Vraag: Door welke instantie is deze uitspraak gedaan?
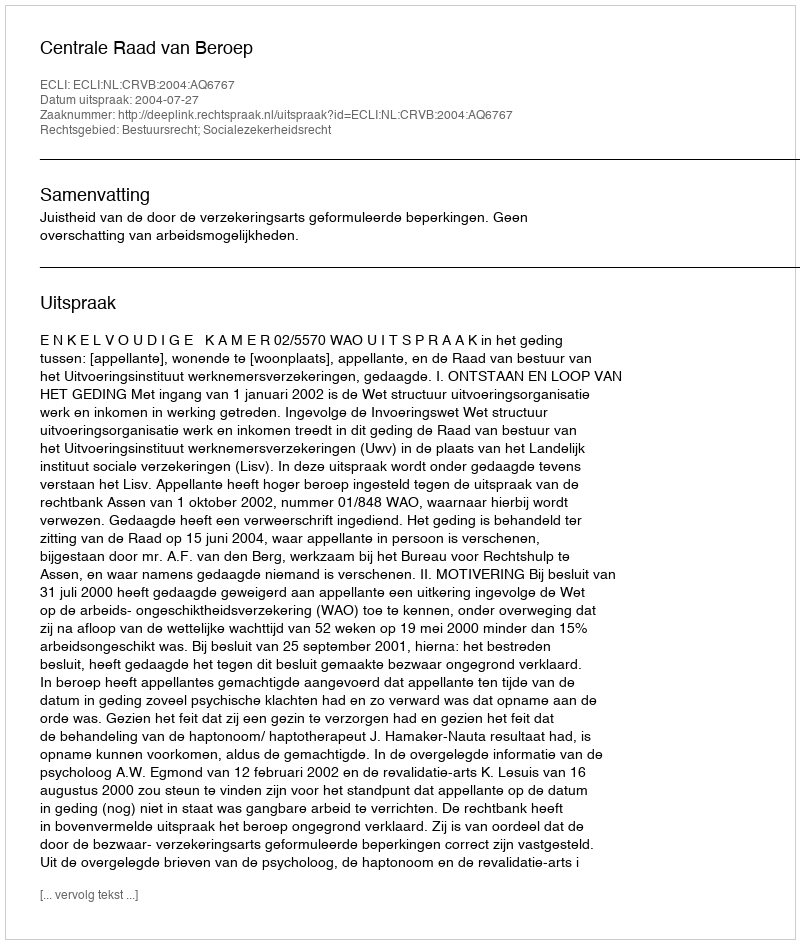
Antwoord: Centrale Raad van Beroep